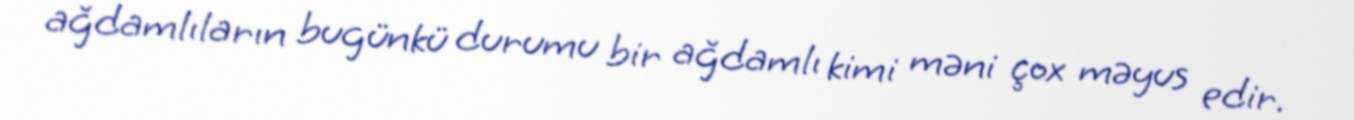
ağdamlıların bugünkü durumu bir ağdamlı kimi məni çox məyus edir.